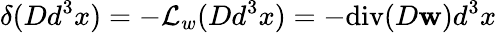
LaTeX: \delta(Dd^{3}x)=-\mathcal{L}_{w}(Dd^{3}x)=-\mathrm{div}(D\mathbf{w})d^{3}x